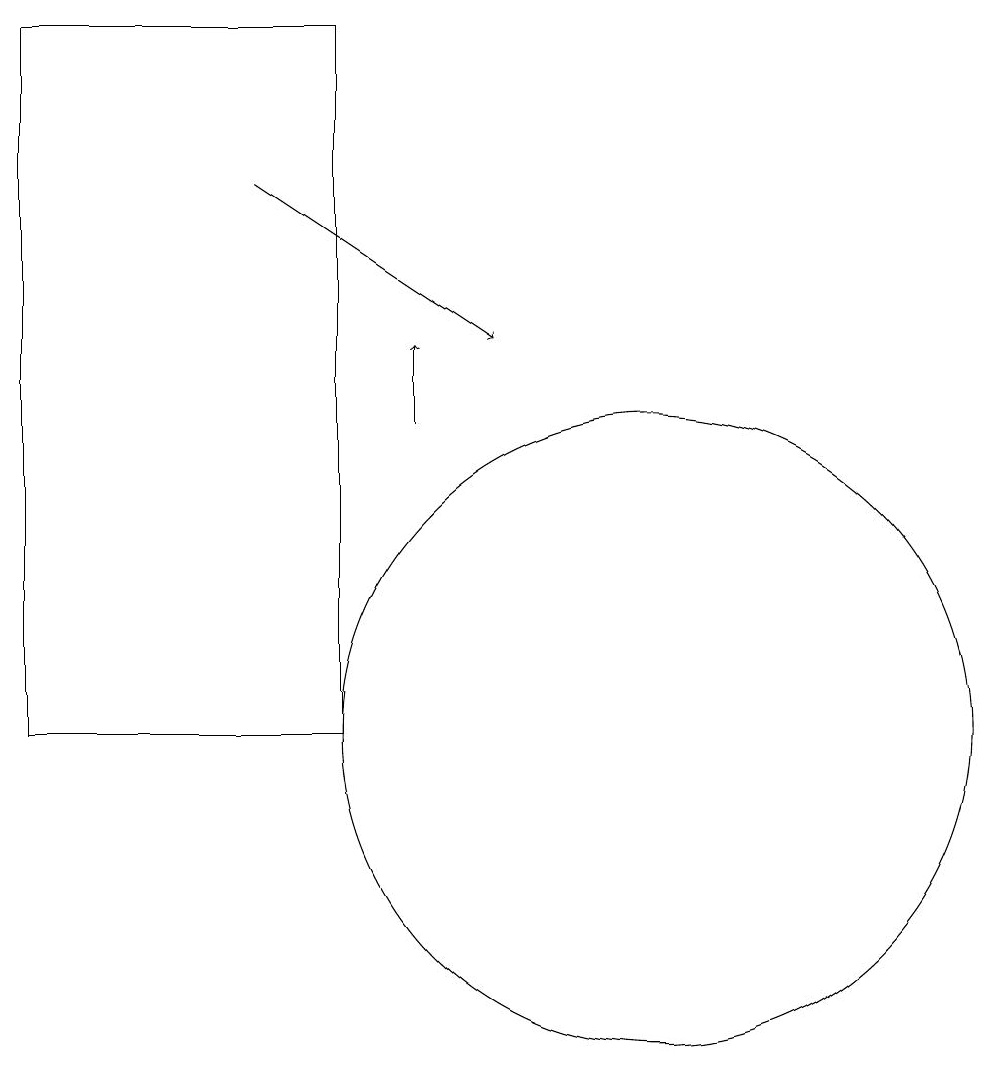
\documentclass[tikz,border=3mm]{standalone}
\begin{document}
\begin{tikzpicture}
\draw[->] (6,17) -- (9,15);
\draw[->] (8,14) -- (8,15);
\draw (11,10) circle (4);
\draw (7,10) rectangle (3,19);
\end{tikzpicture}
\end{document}